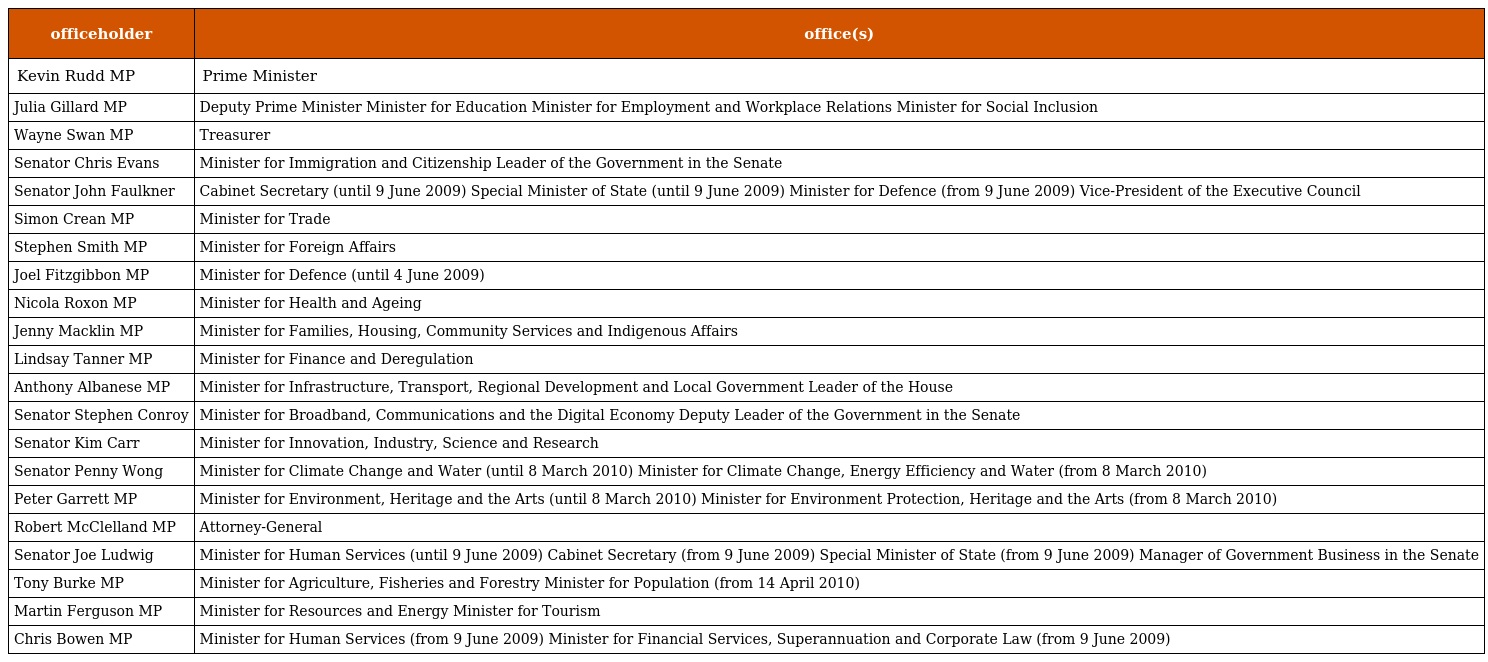
| officeholder | office(s) |
 | --- | --- |
 | Kevin Rudd MP | Prime Minister |
 | Julia Gillard MP | Deputy Prime Minister Minister for Education Minister for Employment and Workplace Relations Minister for Social Inclusion |
 | Wayne Swan MP | Treasurer |
 | Senator Chris Evans | Minister for Immigration and Citizenship Leader of the Government in the Senate |
 | Senator John Faulkner | Cabinet Secretary (until 9 June 2009) Special Minister of State (until 9 June 2009) Minister for Defence (from 9 June 2009) Vice-President of the Executive Council |
 | Simon Crean MP | Minister for Trade |
 | Stephen Smith MP | Minister for Foreign Affairs |
 | Joel Fitzgibbon MP | Minister for Defence (until 4 June 2009) |
 | Nicola Roxon MP | Minister for Health and Ageing |
 | Jenny Macklin MP | Minister for Families, Housing, Community Services and Indigenous Affairs |
 | Lindsay Tanner MP | Minister for Finance and Deregulation |
 | Anthony Albanese MP | Minister for Infrastructure, Transport, Regional Development and Local Government Leader of the House |
 | Senator Stephen Conroy | Minister for Broadband, Communications and the Digital Economy Deputy Leader of the Government in the Senate |
 | Senator Kim Carr | Minister for Innovation, Industry, Science and Research |
 | Senator Penny Wong | Minister for Climate Change and Water (until 8 March 2010) Minister for Climate Change, Energy Efficiency and Water (from 8 March 2010) |
 | Peter Garrett MP | Minister for Environment, Heritage and the Arts (until 8 March 2010) Minister for Environment Protection, Heritage and the Arts (from 8 March 2010) |
 | Robert McClelland MP | Attorney-General |
 | Senator Joe Ludwig | Minister for Human Services (until 9 June 2009) Cabinet Secretary (from 9 June 2009) Special Minister of State (from 9 June 2009) Manager of Government Business in the Senate |
 | Tony Burke MP | Minister for Agriculture, Fisheries and Forestry Minister for Population (from 14 April 2010) |
 | Martin Ferguson MP | Minister for Resources and Energy Minister for Tourism |
 | Chris Bowen MP | Minister for Human Services (from 9 June 2009) Minister for Financial Services, Superannuation and Corporate Law (from 9 June 2009) |